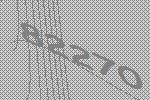
82270